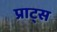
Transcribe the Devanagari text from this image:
प्राट्स